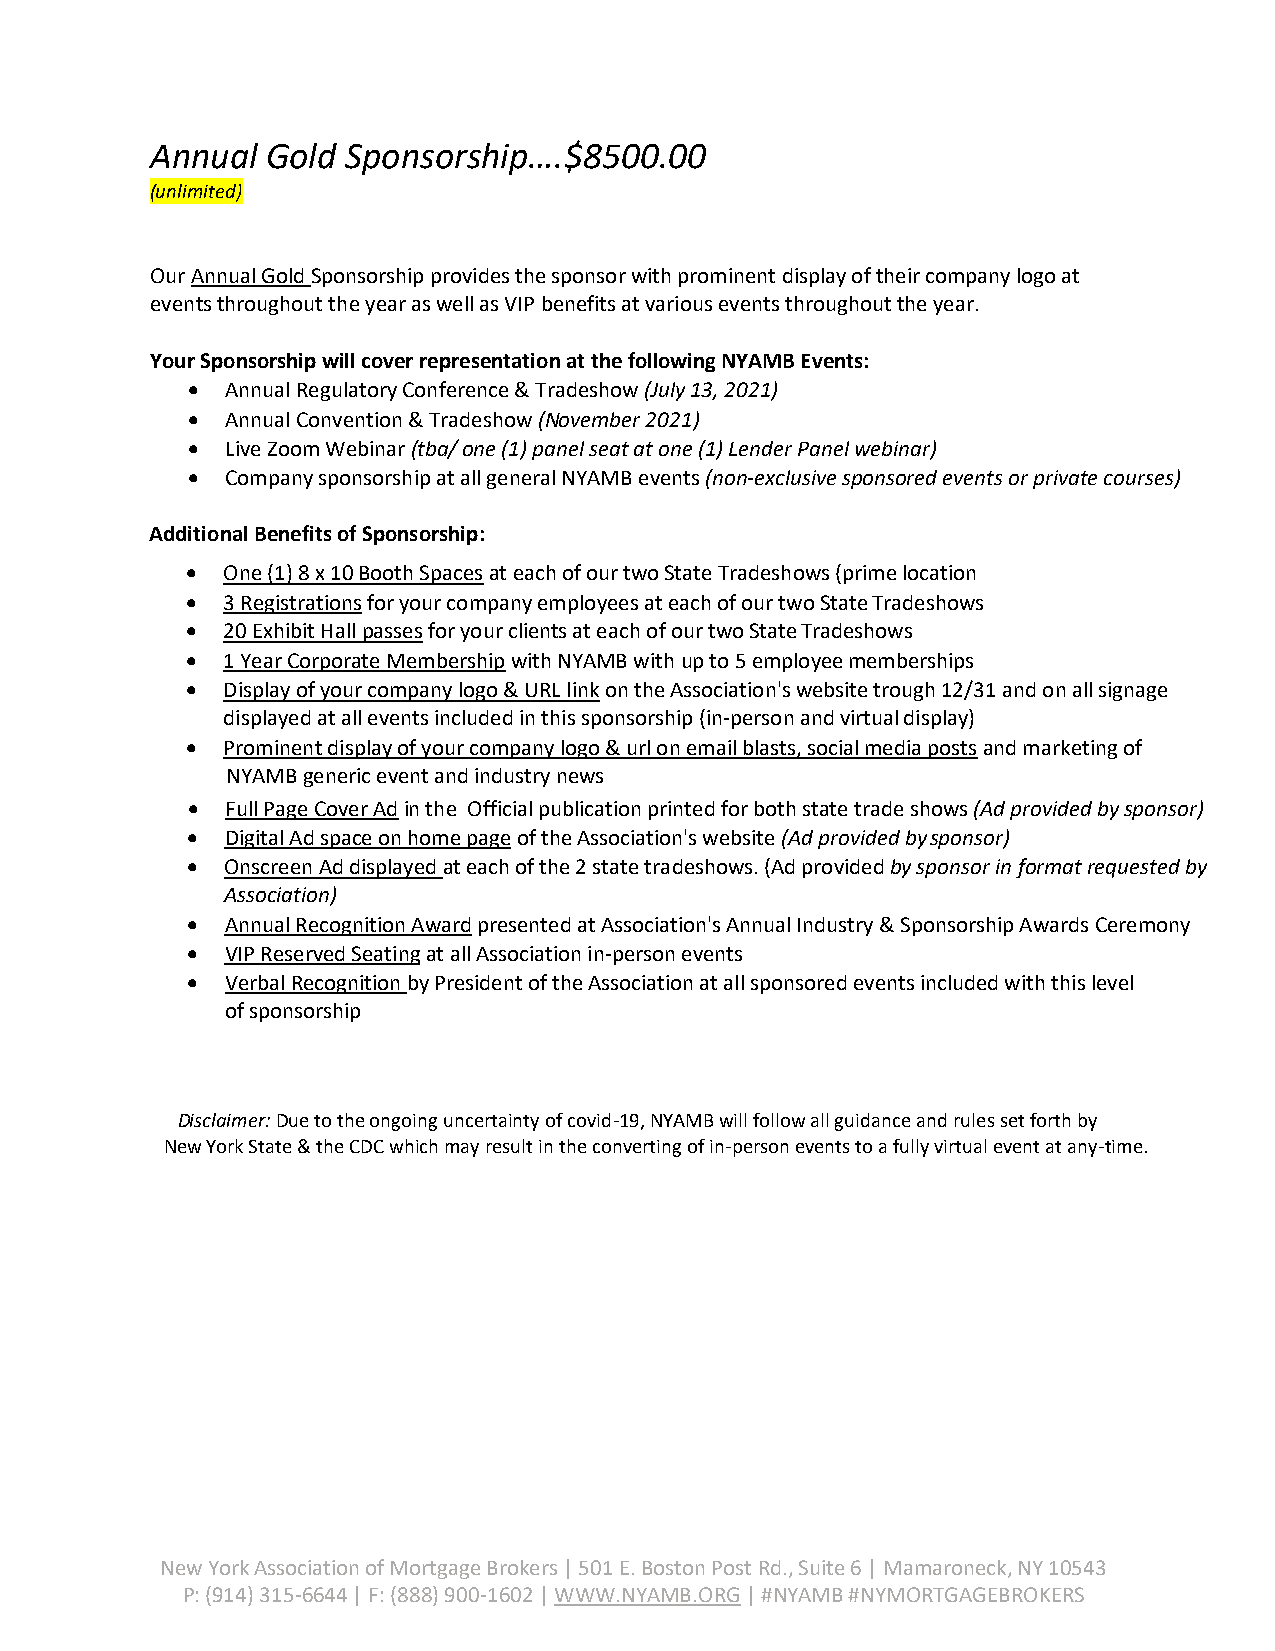
Annual  Gold Sponsorship….$8500.00
 (unlimited)
 Our Annual Gold Sponsorship provides the sponsor with prominent display of their company logo at
 events throughout the year as well as VIP benefits at various events throughout the year.
 Your Sponsorship will cover representation at the following NYAMB Events:
 •  Annual Regulatory Conference & Tradeshow (July 13, 2021)
 •  Annual Convention & Tradeshow (November 2021)
 •  Live Zoom Webinar (tba/ one (1) panel seat at one (1) Lender Panel webinar)
 •  Company sponsorship at all general NYAMB events (non-exclusive sponsored events or private courses)
 Additional Benefits of Sponsorship:
 •  One (1) 8 x 10 Booth Spaces at each of our two State Tradeshows (prime location
 •  3 Registrations for your company employees at each of our two State Tradeshows
 •  20 Exhibit Hall passes for your clients at each of our two State Tradeshows
 •  1 Year Corporate Membership with NYAMB with up to 5 employee memberships
 •  Display of your company logo & URL link on the Association's website trough 12/31 and on all signage
 displayed at all events included in this sponsorship (in-person and virtual display)
 •  Prominent display of your company logo & url on email blasts, social media posts and marketing of
 NYAMB generic event and industry news
 •  Full Page Cover Ad in the Official publication printed for both state trade shows (Ad provided by sponsor)
 •  Digital Ad space on home page of the Association's website (Ad provided by sponsor)
 •  Onscreen Ad displayed at each of the 2 state tradeshows. (Ad provided by sponsor in format requested by
 Association)
 •  Annual Recognition Award presented at Association's Annual Industry & Sponsorship Awards Ceremony
 •  VIP Reserved Seating at all Association in-person events
 •  Verbal Recognition by President of the Association at all sponsored events included with this level
 of sponsorship
 Disclaimer: Due to the ongoing uncertainty of covid-19, NYAMB will follow all guidance and rules set forth by
 New York State & the CDC which may result in the converting of in-person events to a fully virtual event at any-time.
 New York Association of Mortgage Brokers | 501 E. Boston Post Rd., Suite 6 | Mamaroneck, NY 10543
 P: (914) 315-6644 | F: (888) 900-1602 | WWW.NYAMB.ORG | #NYAMB #NYMORTGAGEBROKERS